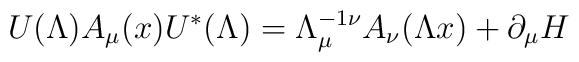
U(\Lambda )A_{\mu }(x)U^{\ast }(\Lambda )=\Lambda _{\mu }^{-1\nu }A_{\nu}(\Lambda x)+\partial _{\mu }H